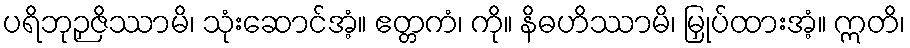
ပရိဘုဉှဇိဿာမိ၊ သုံးဆောင်အံ့။ ဧတ္တကံ၊ ကို။ နိဓဟိဿာမိ၊ မြှုပ်ထားအံ့။ ဣတိ၊